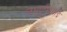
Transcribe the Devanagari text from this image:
लघुएशियाई